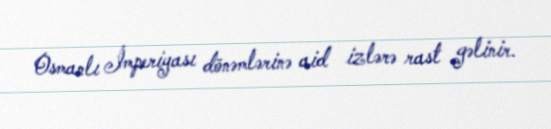
Osmanlı İmperiyası dönəmlərinə aid izlərə rast gəlinir.